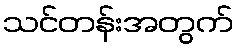
သင်တန်းအတွက်